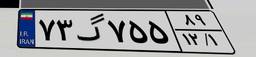
۹۲گ۴۳۶۸۱